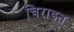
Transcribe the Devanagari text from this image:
चिराइत